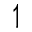
\upharpoonleft